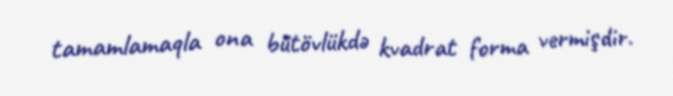
tamamlamaqla ona bütövlükdə kvadrat forma vermişdir.